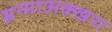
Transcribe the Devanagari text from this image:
म्रन्माअक्खरा